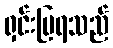
ရှင်းပြရသည်